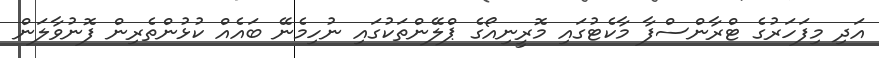
އަދި މިފަހަރުގެ ޓްރާންސްފާ މާކެޓުގައި މޮރީނިއޯގެ ޕްލޭންތަކުގައި ނުހިމެނޭ ބައެއް ކުޅުންތެރިން ފޮނުވާލަން